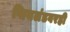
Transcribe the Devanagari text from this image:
फिनलंडवरही